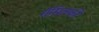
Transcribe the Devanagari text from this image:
रॉसित्स्की